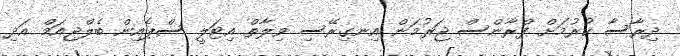
ދިރާސާ ކުރުމަށް ފްރާންސް ޖަރުމަން އިނގިރޭސި ވިލާތް އިޓަލީ ސްޕެއިން ބެލްޖިއަމް އަދި